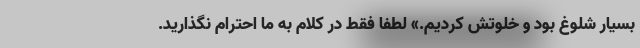
بسیار شلوغ بود و خلوتش کردیم.» لطفا فقط در کلام به ما احترام نگذارید.